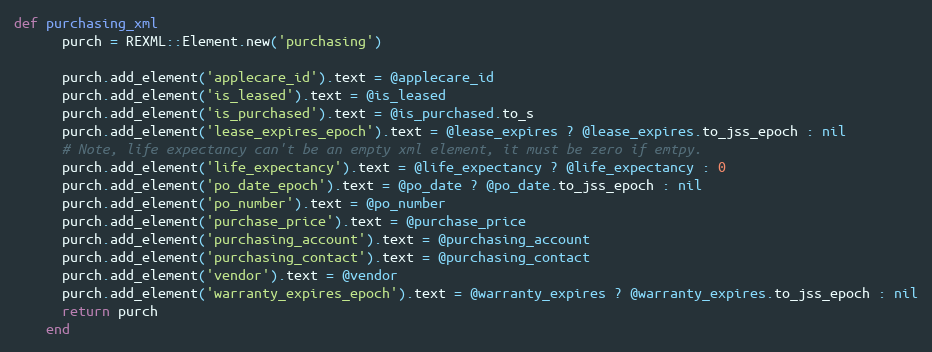
Language: Ruby
def purchasing_xml
      purch = REXML::Element.new('purchasing')

      purch.add_element('applecare_id').text = @applecare_id
      purch.add_element('is_leased').text = @is_leased
      purch.add_element('is_purchased').text = @is_purchased.to_s
      purch.add_element('lease_expires_epoch').text = @lease_expires ? @lease_expires.to_jss_epoch : nil
      # Note, life expectancy can't be an empty xml element, it must be zero if emtpy.
      purch.add_element('life_expectancy').text = @life_expectancy ? @life_expectancy : 0
      purch.add_element('po_date_epoch').text = @po_date ? @po_date.to_jss_epoch : nil
      purch.add_element('po_number').text = @po_number
      purch.add_element('purchase_price').text = @purchase_price
      purch.add_element('purchasing_account').text = @purchasing_account
      purch.add_element('purchasing_contact').text = @purchasing_contact
      purch.add_element('vendor').text = @vendor
      purch.add_element('warranty_expires_epoch').text = @warranty_expires ? @warranty_expires.to_jss_epoch : nil
      return purch
    end